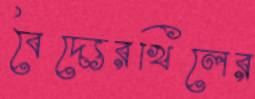
বৈদ্যেরখিলের